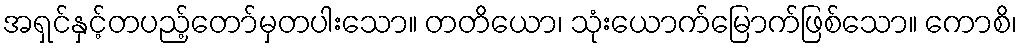
အရှင်နှင့်တပည့်တော်မှတပါးသော။ တတိယော၊ သုံးယောက်မြောက်ဖြစ်သော။ ကောစိ၊